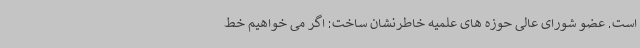
است. عضو شورای عالی حوزه های علمیه خاطرنشان ساخت: اگر می خواهیم خط